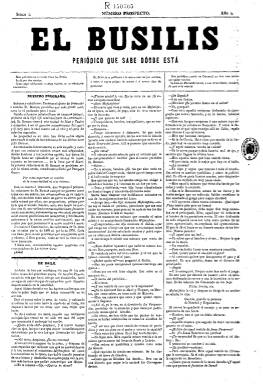
Título: El Busilis (Barcelona)
Colección: Revistas satíricas y humorísticas || Periódicos
Ámbito geográfico: Barcelona
Lugar de publicación: Barcelona
Fechas: 14/02/1883-13/03/1885

Semanario humorístico de actualidad política nacional, provincial y municipal barcelonesa, que comenzó a publicarse el 14 de febrero de 1883, en entregas de cuatro páginas, compuestas a tres columnas, y que a partir de su entrega del 14 de marzo de 1884 incluirá el humor gráfico a través de caricaturas y tiras cómicas. En su prospecto había escrito en modo jocoso que sus jóvenes redactores son “conservadores, progresistas, radicales, fusionistas, autonomistas, pactistas y posibilistas”, es decir, a la vez de todas las diferentes opciones políticas gubernamentales de la Restauración, añadiendo que no eran partidarios de la Constitución de 1876, pero tampoco de la de 1869. Su primer subtítulo es “periódico que sabe dónde está”, para modificarlo, el 22 abril de 1883 por el de “liberal independiente de oposición permanente”, y después añadir en su cabecera la leyenda “republicano sencillo de los de a macha martillo”, reconociendo así su verdadero carácter. Escrito en castellano, dirá que es un periódico de “combate” y que su redacción era “catalana hasta la médula de los huesos”. No sólo será todo esto sino que además sufrirá denuncias y su primer director y principal redactor, Daniel Ortiz, llegará a ser agredido en la barcelonesa Rambla de Canaletas en julio de 1884.

El término elegido para su título –El Busilis– es sinónimo de intríngulis, concepto usado para referirse a las cosas difíciles de explicar. Será escrito en prosa y en verso, con artículos y breves comentarios sobre la actualidad política, todo ello en estilo jocoso y humorístico, ofreciendo también las clásicas secciones de los diarios de información general, como Boletín religioso, Espectáculos, Mercados, Bolsa o Última hora, pero también escritas de forma asimismo sarcástica, como lo será también una sección de Anuncios comerciales en su última plana. Además insertará letrillas, charadas, pensamientos o refranes, así como algún folletín, siendo otra de sus secciones la titulada Puntadas.

La primera caricatura que iba a publicar en el número del 22 de julio de 1883 será censurada por el gobernador civil, y el nombre de su director –Daniel Ortiz– aparecerá indicado en su cabecera a partir de la entrega del 26 de agosto de ese año, cuando el periódico ya había sido denunciado por la autoridad gubernamental un par de veces. En la entrega del once de enero de 1884, publicará una sentencia judicial contra Ortiz, que a partir del 25 de enero aparecerá como “redactor en jefe”.

Prácticamente no aparecen firmas bajo sus textos, excepto la del seudónimo Matías Galí o Galí Matías, que a partir del ocho de agosto de 1884 aparece indicado también en la cabecera como nuevo director del periódico y después como “redactor en jefe”. A partir del 12 de diciembre de ese año y hasta el 16 de enero del siguiente, quien aparece con este cargo en la cabecera será otro seudónimo: Agapito Cascajares. Asimismo llegará a publicar en cada entrega una Crónica de Madrid, firmada por Juan Balduque, seudónimo que utilizó el periodista, escritor y humorista Luis Taboada y Coca (1848-1906).

El 17 de febrero de 1883 incluirá un suplemento de dos páginas bajo el título Los Lunes de El Busilis: hoja de parra literaria, con una Revista de salones y una Sección científica, en la que aparece como director J.J. Aragonesa. Y el 28 de diciembre de ese año edita otro con el título La Correspondencia de El Busilis, y con los subtítulos "diario universal de noticias" y "eco imparcial de la opinión y de la prensa" y la leyenda "año de la degollación de los santos inocentes, mártires e izquierdistas".

Fue estampado en diversas imprentas, en la de El Porvenir, la de Redondo y Xumetra y en la de L. Obradors. El último número que publica es el 112, correspondiente al 13 de marzo de 1885, indicando, al final, en su sección Última hora: “¡Morir habemos!”. A partir del día veinte será sustituido por un nuevo título -El Fusilis-, con igual formato y contenidos, ahora con el subtítulo “sencillo republicano, inocente y campechano” y con la indicación de que su director es, de nuevo, Daniel Ortiz, hasta su desaparición el seis de agoto de 1886. Desde el cinco de julio de 1890 hasta el tres noviembre de 1892 se publicará un nuevo periódico con el título El Nuevo busilis.